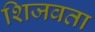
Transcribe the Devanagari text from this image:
शिजवता